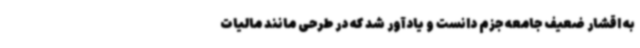
به اقشار ضعیف جامعه جزم دانست و یادآور شد که در طرحی مانند مالیات